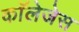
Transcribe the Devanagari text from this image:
काॅलेजेस